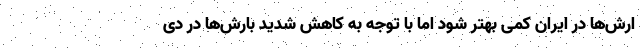
ارش‌ها در ایران کمی بهتر شود اما با توجه به کاهش شدید بارش‌ها در دی